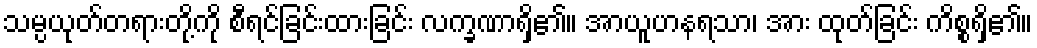
သမ္ပယုတ်တရားတို့ကို စီရင်ခြင်းထားခြင်း လက္ခဏာရှိ၏။ အာယူဟနရသာ၊ အား ထုတ်ခြင်း ကိစ္စရှိ၏။